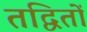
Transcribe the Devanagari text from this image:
तद्वितों